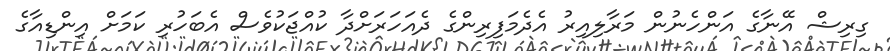
ގިރިޝް އޭނާގެ އަންހެނުން މަރާލިއިރު އެދެމަފިރިންގެ ދެއަހަރަށްދާ ކުއްޖަކުވެސް އެބަހުރި ކަމަށް އިންޑިއާގެ